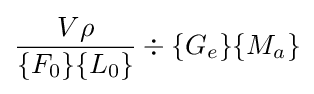
{\frac {V\rho }{\{F_{0}\}\{L_{0}\}}}\div \{G_{e}\}\{M_{a}\}